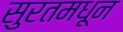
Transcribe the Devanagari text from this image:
सुरतमधून